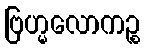
ဗြဟ္မလောကဉ္စ